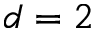
d = 2